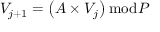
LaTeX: V _ { j + 1 } = \left( A \times V _ { j } \right) { \bmod { P } }